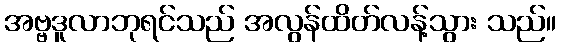
အဗ္ဗဒူလာဘုရင်သည် အလွန်ထိတ်လန့်သွား သည်။